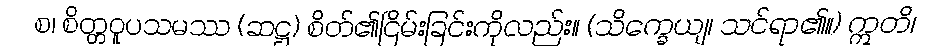
စ၊ စိတ္တဝူပသမဿ (ဆဋ္ဌ) စိတ်၏ငြိမ်းခြင်းကိုလည်း။ (သိက္ခေယျ၊ သင်ရာ၏။) ဣတိ၊